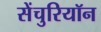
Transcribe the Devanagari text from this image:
सेंचुरियॉन